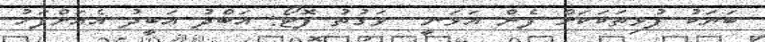
ބަޔަކު ފުޅިތަކަކަށް ފެން އަޅަނީ  ވަގުތު ފޮޓޯ: އަބްދު އަބީދު އެއަށްފަހު